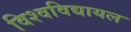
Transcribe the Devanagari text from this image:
विश्‍वविद्यायल